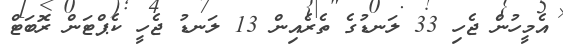
އެމީހުން ޖެހި 33 ލަނޑުގެ ތެރެއިން 13 ލަނޑު ޖެހީ ކެޕްޓަން ރޮބަޓް